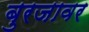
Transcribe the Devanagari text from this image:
बुरजावर